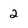
Character: 2